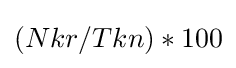
(Nkr/Tkn)*100